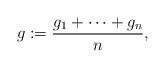
LaTeX: \begin{align*}g:=\frac{g_1+\dotsb+g_n}{n},\end{align*}